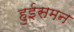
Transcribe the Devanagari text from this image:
हुईसमन